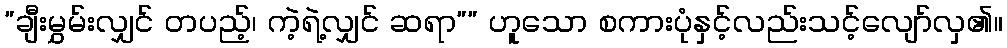
”ချီးမွှမ်းလျှင် တပည့်၊ ကဲ့ရဲ့လျှင် ဆရာ”” ဟူသော စကားပုံနှင့်လည်းသင့်လျော်လှ၏။